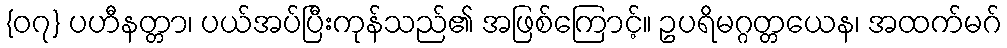
{၀၇} ပဟီနတ္တာ၊ ပယ်အပ်ပြီးကုန်သည်၏ အဖြစ်ကြောင့်။ ဥပရိမဂ္ဂတ္တယေန၊ အထက်မဂ်